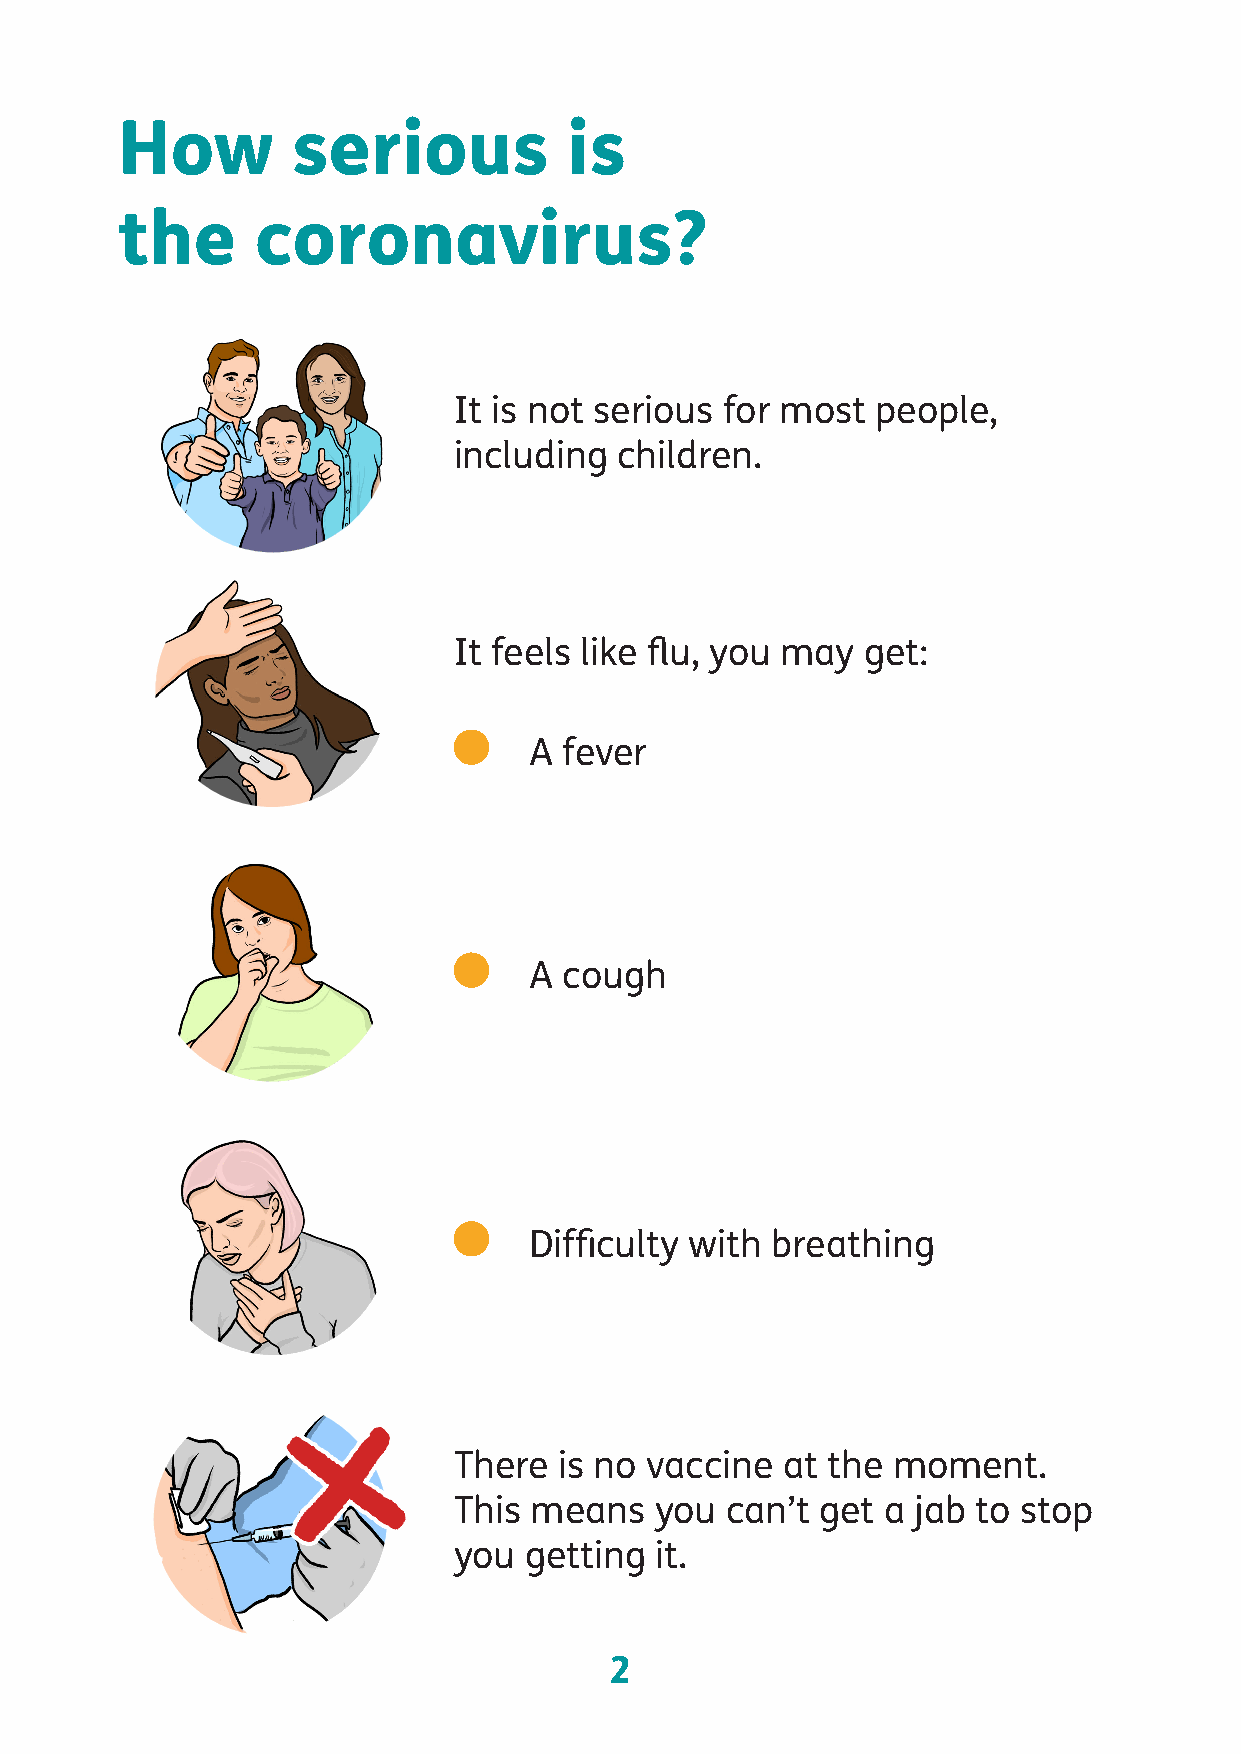
How        serious            is
 the      coronavirus?
 It is not serious for most  people,
 including  children.
 It feels like flu, you may get:
 A fever
 A cough
 Difficulty with breathing
 There  is no vaccine  at the moment.
 This means   you  can’t get a jab  to stop
 you  getting it.
 2